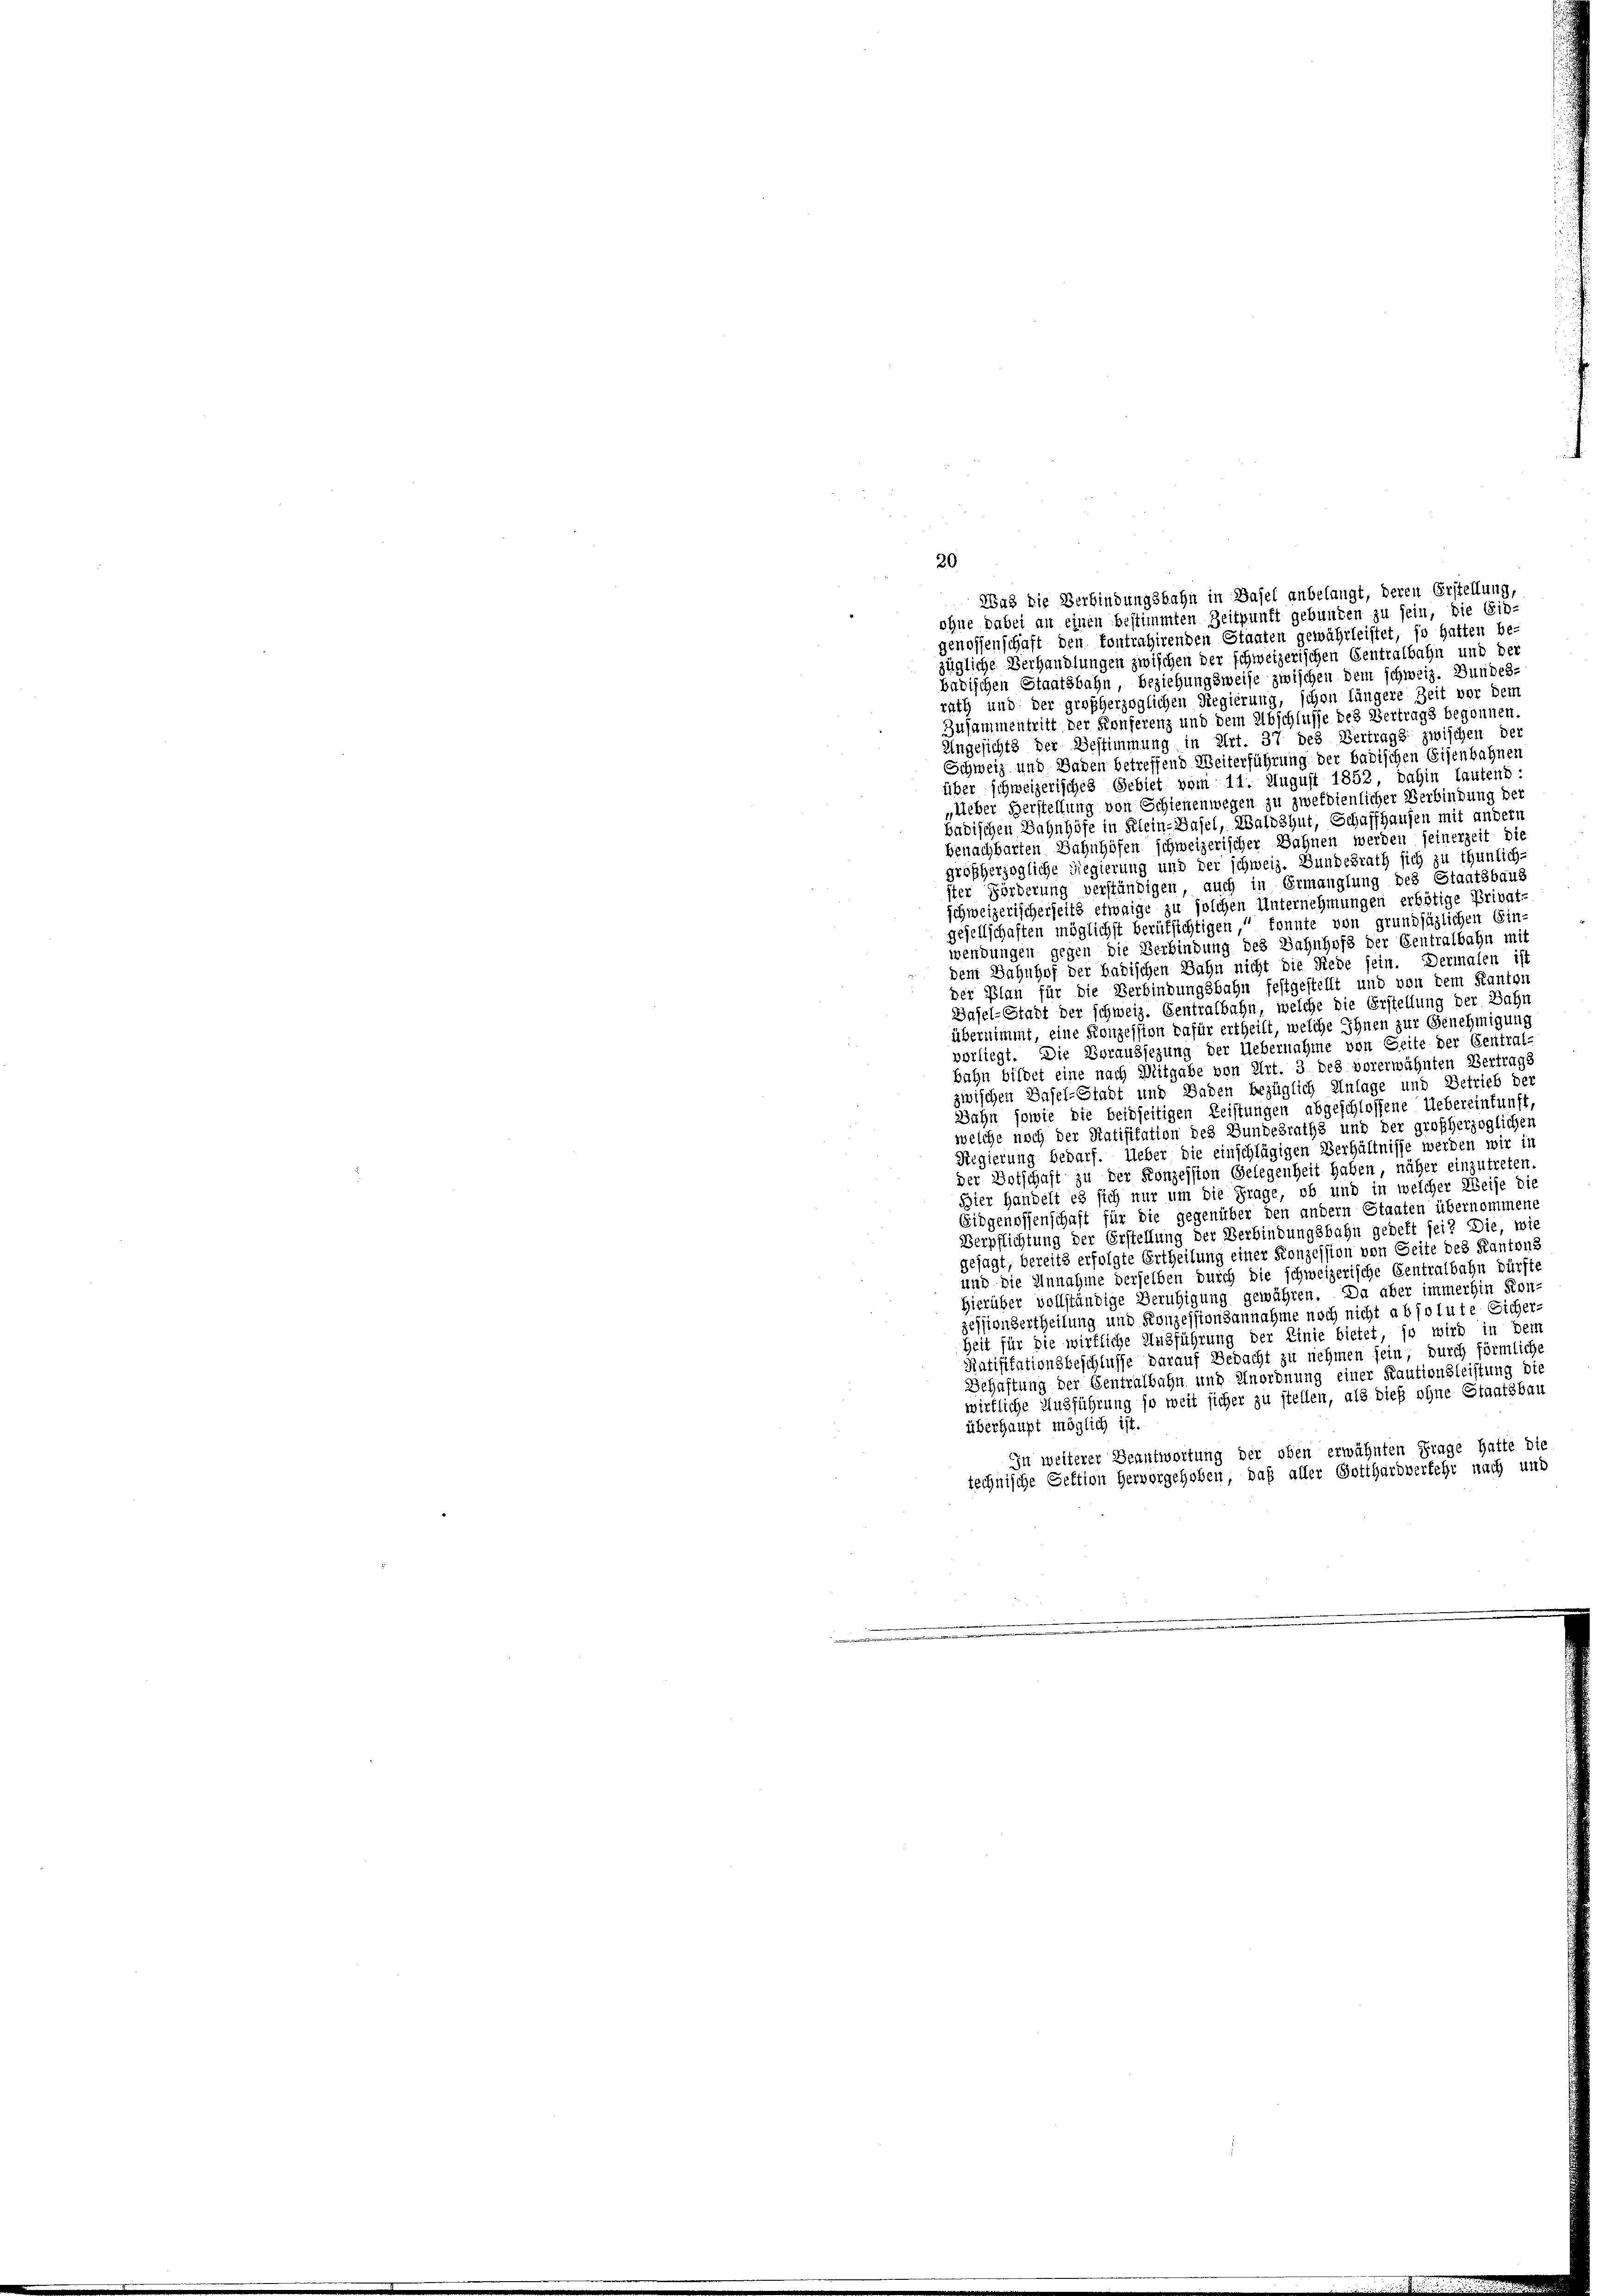
zügliche Verhandlungen zwischen der schweizerischen Centralbahn und der
badischen Staatsbahn, beziehungsweise zwischen dem schweiz. Bundes-
rath und der großherzoglichen Regierung, schon längere Zeit vor dem
Zusammentritt der Konferenz und dem Abschlusse des Vertrags begonnen.
Ungesichts der Bestimmung in Art. 37 des Vertrags zwischen der
Schweiz und Baden betreffend Weiterführung der badischen Eisenbahnen
über schweizerisches Gebiet vom 11. August 1852, dahin lautens:
„Ueber Herstellung von Schienenwegen zu zwefdienlicher Verbindung der
badischen Bahnhöfe in Klein-Basel, Waldshut, Schaffhausen mit andern
benachbarten Bahnhöfen schweizerischer Bahnen werden seinerzeit die
großherzogliche Regierung und der schweiz. Bundesrath sich zu thunlich-
ster Förderung verständigen, auch in Ermanglung des Staatsbaus
schweizerischerheits etwaige zu solchen Unternehmungen erbötige Privat-
gesellschaften möglichst berufsichtigen, konnte von grundsäglichen Ein-
wendungen gegen die Verbindung des Bahnhofs der Centralbahn mit
dem Bahnhof der badischen Bahn nicht die Rede sein. Dermalen ist
der Plan für die Verbindungsbahn festgestellt und von dem Kanton
Basel-Stadt der schweiz. Centralbahn, welche die Erstellung der Bahn
übernimmt, eine Konzession dafür ertheilt, welche Ihnen zur Genehmigung
vorliegt. Die Voraussezung der Uebernahme von Seite der Central-
bahn bildet eine nach Mitgabe von Art. 3 des vorerwähnten Vertrags
zwischen Basel-Stadt und Baden bezüglich Anlage und Betrieb der
Bahn sowie die beidseitigen Leistungen abgeschlossene Uebereinkunft,
welche noch der Ratifikation des Bundesraths und der großherzoglichen
Regierung bedarf. Ueber die einschlägigen Verhältnisse werden wir in
der Botschaft zu der Konzession Gelegenheit haben, näher einzutreten.
Hier Handelt es sich nur um die Frage, ob und in welcher Weise die
Eidgenossenschaft für die gegenüber den andern Staaten übernommen,
Verpflichtung der Erstellung der Verbindungsbahn gedelt sei? Die, wie
gejagt, bereits erfolgte Ertheilung einer Konzession von Seite des Kantons
und die Annahme derselben durch die schweizerische Centralbahn dürfte
Hierüber vollständige Beruhigung gewähren. Da aber immerhin Konzessionsertheilung und Konzessionsannahme noch nicht absolute Sicher-
Zeit für die wirkliche Ausführung der Linie bietet, so wird in dem
Ratifikationsbeschlusse darauf Bedacht zu nehmen sein, durch förmliche
Schaftung der Gentralbahn und Anordnung einer Kautionsleistung die
wirkliche Ausführung so weit sicher zu stellen, als dieß ohne Staatsbau
überhaupt möglich ist.
In weiterer Beantwortung der oben erwähnten Frage hatte die
technische Sektion hervorgehoben, daß aller Gotthardverkehr nach und

20
Was die Verbindungsbahn in Basel anbelangt, deren Erstellung
ohne dabei an einen bestimmten Zeitpunft gebunden zu sein, die Ein-
genossenschaft den kontrahirenden Staaten gewährleistet, so hatten be¬